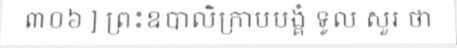
៣០៦ ] ព្រះឧបាលិក្រាបបង្គំ ទូល សួរ ថា